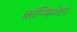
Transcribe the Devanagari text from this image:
कॉन्फिर्मशन